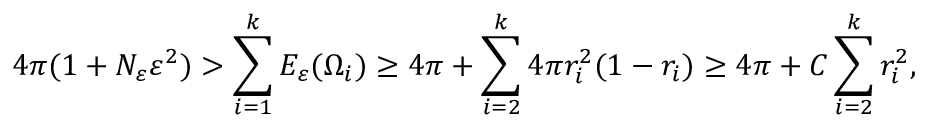
4 \pi ( 1 + N _ { \varepsilon } \varepsilon ^ { 2 } ) > \sum _ { i = 1 } ^ { k } E _ { \varepsilon } ( \Omega _ { i } ) \geq 4 \pi + \sum _ { i = 2 } ^ { k } 4 \pi r _ { i } ^ { 2 } ( 1 - r _ { i } ) \geq 4 \pi + C \sum _ { i = 2 } ^ { k } r _ { i } ^ { 2 } ,